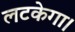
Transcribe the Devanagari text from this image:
लटकेगा।